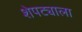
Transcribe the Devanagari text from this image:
शेपट्याला